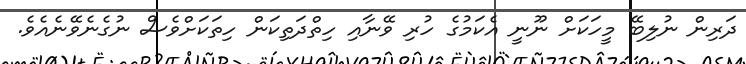
ދަރިން ނުލިބޭ މީހަކަށް ނޫނީ އެކަމުގެ ހުރި ވޭނާއި ހިތްދަތިކަން ހިތަކަށްވެސް ނުގެނެވޭނެއެވެ.